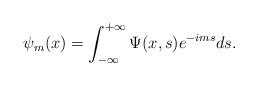
LaTeX: \begin{align*}\psi _m(x)=\int_{-\infty }^{+\infty }\Psi (x,s)e^{-ims}ds.\end{align*}